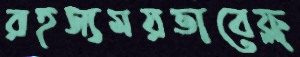
রহস্যময়ভাবেফ্ল্